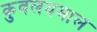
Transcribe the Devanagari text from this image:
कुवलयमाल